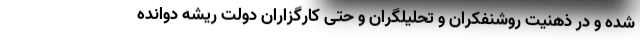
شده و در ذهنیت روشنفکران و تحلیلگران و حتی کارگزاران دولت ریشه دوانده